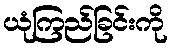
ယုံကြည်ခြင်းကို